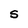
Character: S